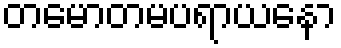
တမောတမပရာယနော